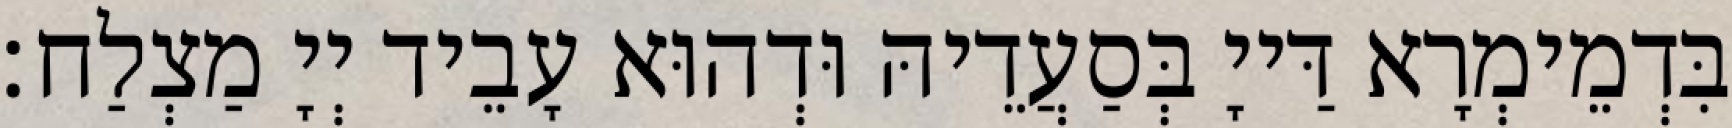
בִּדְמֵימְרָא דַּייָ בְּסַעֲדֵיהּ וּדְהוּא עָבֵיד יְיָ מַצְלַח׃